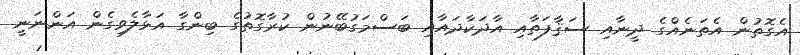
އެގޮތުން އެތަނެއްގެ ދީނާއި ސަޤާފަތާއި އާދަކާދައާއި ބަސްމަގުބޭނުން ކުރާގޮތުގެ ބިންގާ އަޅާލެވިގެން އަންނަނީ